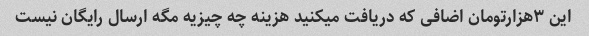
این ۳هزارتومان اضافی که دریافت میکنید هزینه چه چیزیه مگه ارسال رایگان نیست